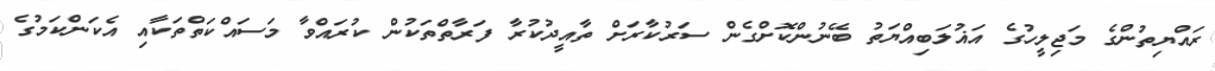
ރައްޔިތުންގެ މަޖިލީހުގެ އަޣުލަބިއްޔަތު ބޭނުންކޮށްގެން ސަރުކާރަށް ތާއީދުކުރާ ފަރާތްތަކުން ކުރައްވާ މަސައްކަތްތަކާއި އެކަންކަމުގެ